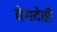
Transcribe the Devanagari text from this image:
वेगदेवी